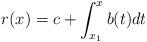
LaTeX: \begin{align*} r(x)=c +\int_{x_1}^{x} b(t) dt\end{align*}